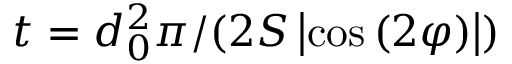
t = d _ { 0 } ^ { 2 } \pi / ( 2 S \left| \cos { \left( 2 \varphi \right) } \right| )